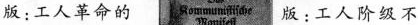
版：工人革命的 版：工人阶级不